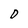
Character: D